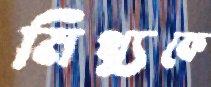
মিথ্যুকে